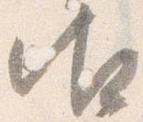
御